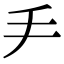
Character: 龵